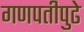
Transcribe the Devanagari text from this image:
गणपतीपुढे